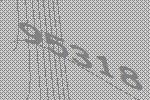
95318